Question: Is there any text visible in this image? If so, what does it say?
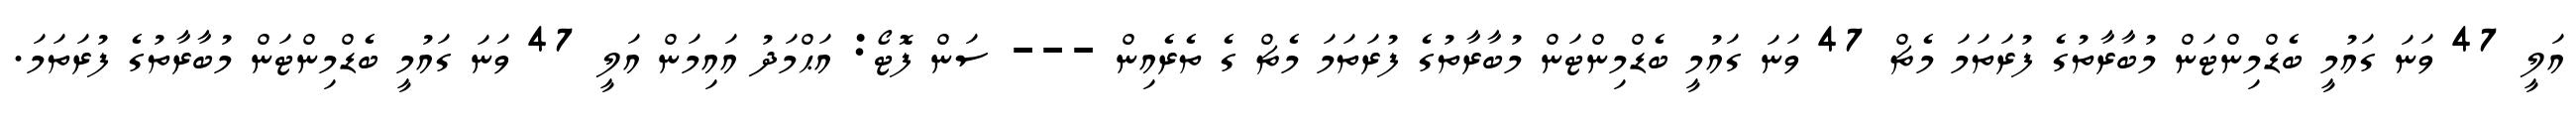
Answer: އަލީ 47 ވަނަ ގައުމީ ބެޑްމިންޓަން މުބާރާތުގެ ފުރަތަމަ މެޗް 47 ވަނަ ގައުމީ ބެޑްމިންޓަން މުބާރާތުގެ ފުރަތަމަ މެޗް ގެ ތެރެއިން --- ސަން ފޮޓޯ: އަޙްމަދު އައިމަން އަލީ 47 ވަނަ ގައުމީ ބެޑްމިންޓަން މުބާރާތުގެ ފުރަތަމަ.